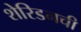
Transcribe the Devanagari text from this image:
शेरिडनची